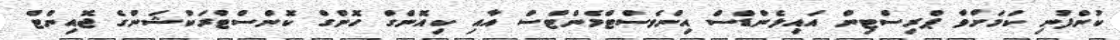
ކުންފުނި ކަމަށްވާ ޕްރިސްޓިން އައިލެންޑްސް އިންވެސްޓްމެންޓްސް އާއި ކިއޮންގް ހޮންގް ކޮންސްޓްރަކްޝަންގެ ޖޮއިންޓް